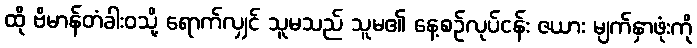
ထို ဗိမာန်တံခါးဝသို့ ရောက်လျှင် သူမသည် သူမ၏ နေ့စဉ်လုပ်ငန်း ဇယား မျက်နှာဖုံးကို